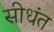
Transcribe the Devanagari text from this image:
सीधंत